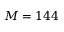
M = 1 4 4